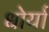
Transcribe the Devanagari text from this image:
धोर्यां